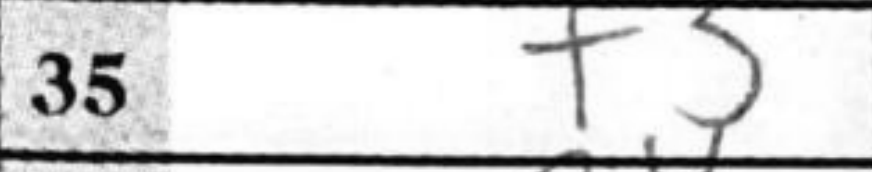
Transcription: f3